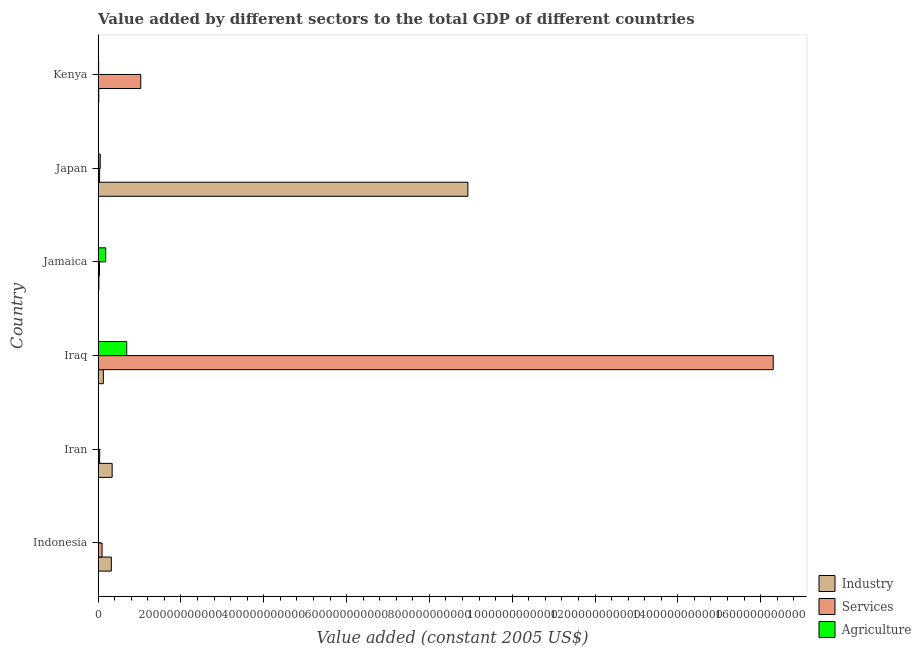
| Country | Industry | Services | Agriculture |
 | --- | --- | --- | --- |
 | Indonesia | 3.2e+10 | 9.55e+09 | 1.66e+08 |
 | Iran | 3.39e+10 | 3.7e+09 | 6.29e+08 |
 | Iraq | 1.26e+10 | 1.63e+12 | 6.91e+10 |
 | Jamaica | 1.84e+09 | 3.31e+09 | 1.84e+10 |
 | Japan | 8.93e+11 | 3.56e+09 | 5.04e+09 |
 | Kenya | 1.6e+09 | 1.03e+11 | 1.25e+09 |